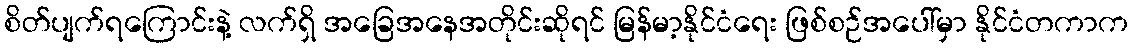
စိတ်ပျက်ရကြောင်းနဲ့ လက်ရှိ အခြေအနေအတိုင်းဆိုရင် မြန်မာ့နိုင်ငံရေး ဖြစ်စဉ်အပေါ်မှာ နိုင်ငံတကာက